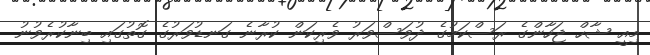
މިއީ ޝާހް ޖަހާންގެ ރަސްކަމުގެ ދުވަސްވަރު ވެރިކަން ކުރާނެ ގަނޑުވަރުގެ ގޮތުގައި ބިނާކުރެވުނު